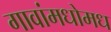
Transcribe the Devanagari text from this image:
गावांमधोमध